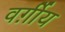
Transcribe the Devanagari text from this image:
वर्ग़ीय